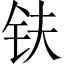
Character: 𫓧